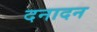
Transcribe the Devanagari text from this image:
दनादन